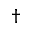
^ \dagger